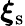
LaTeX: {\boldsymbol\xi}_{\textup{s}}